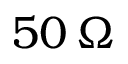
5 0 \, \Omega